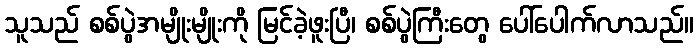
သူသည် စစ်ပွဲအမျိုးမျိုးကို မြင်ခဲ့ဖူးပြီ၊ စစ်ပွဲကြီးတွေ ပေါ်ပေါက်လာသည်။